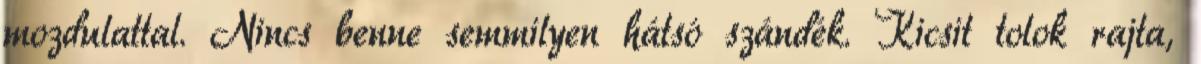
mozdulattal. Nincs benne semmilyen hátsó szándék. Kicsit tolok rajta,